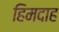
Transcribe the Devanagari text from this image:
हिमदाह